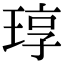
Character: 𬍳